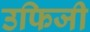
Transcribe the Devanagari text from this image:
उफिजी